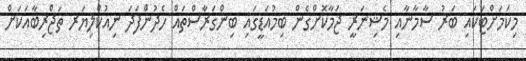
މިކަމަށްޓަކައި ބަރު ސާމާނާއި މެޝިނަރީ ޖަމާކޮށްގެން ބިމުއަޑީގައި ބިންގަރާސްތައް ހެދުންފަދަ ނިއުކްލިޔަރ ތަޖްރިބާއަކަށް